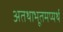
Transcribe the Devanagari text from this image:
अतथाभूतमप्यर्थ